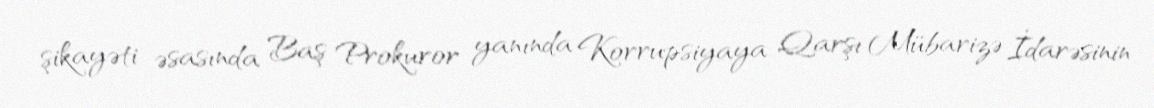
şikayəti əsasında Baş Prokuror yanında Korrupsiyaya Qarşı Mübarizə İdarəsinin